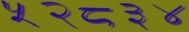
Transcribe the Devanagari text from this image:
५२८३४